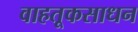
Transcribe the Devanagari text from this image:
वाहतूकसाधन